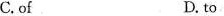
C.of D. to